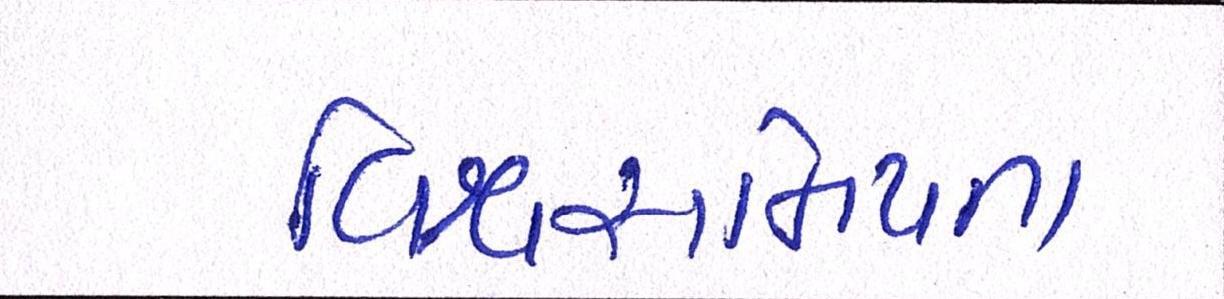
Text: વિશ્વસનિયતા